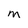
Character: M